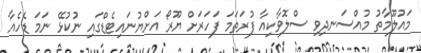
މައުލޫމާތު މުއްސަނދިވި ސްލޮވާކިއާ ފުރަތަމަ ފަހަރަށް ޔޫރޯ އަށްޔުނައިޓެޑްގައި ނުކުޅޭ ނަމަ ޑެހެއާ